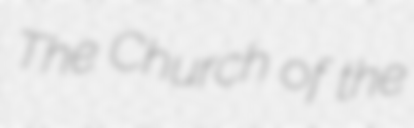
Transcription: The Church of the